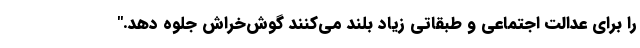
را برای عدالت اجتماعی و طبقاتی زیاد بلند می‌کنند گوش‌خراش جلوه دهد."